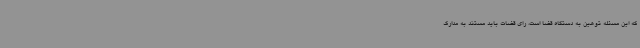
که این مسئله توهین به دستگاه قضا است، رای قضات باید مستند به مدارک